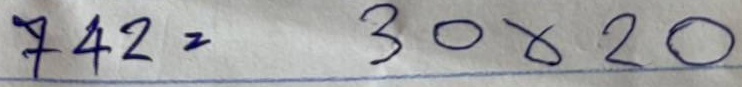
742 = 30x20